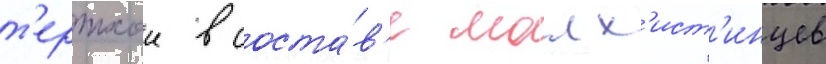
т'ертхои в соста́в'е малх'ист'инцев